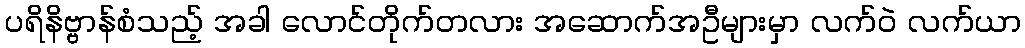
ပရိနိဗ္ဗာန်စံသည့် အခါ လောင်တိုက်တလား အဆောက်အဦများမှာ လက်ဝဲ လက်ယာ